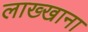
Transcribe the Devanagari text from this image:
लाख्खाना